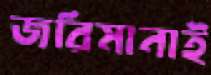
জরিমানাই